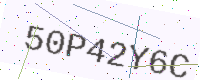
Text: 50P42Y6C